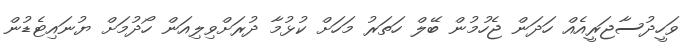
ވަހީދުސާޖަރީއެއް ހަދަން ޖެހުމުން ބޭލް ހަތަރު މަހަށް ކުޅުމާ ދުރަށްވިލިއަން ހޯދުމަށް ޔުނައިޓެޑުން